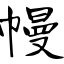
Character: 幔